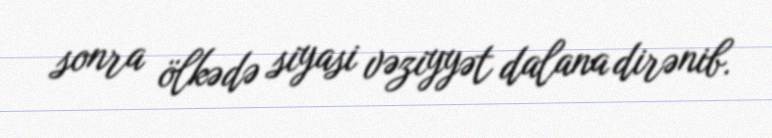
sonra ölkədə siyasi vəziyyət dalana dirənib.